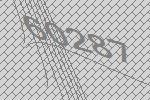
60287